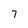
Character: 7